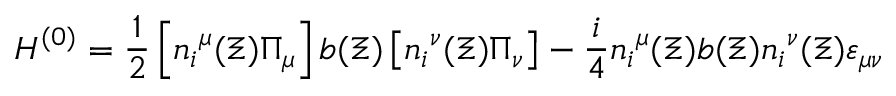
{ \cal H } ^ { ( 0 ) } = { \frac { 1 } { 2 } } \left[ { n _ { i } } ^ { \mu } ( \Xi ) \Pi _ { \mu } \right] b ( \Xi ) \left[ { n _ { i } } ^ { \nu } ( \Xi ) \Pi _ { \nu } \right] - { \frac { i } { 4 } } { n _ { i } } ^ { \mu } ( \Xi ) b ( \Xi ) { n _ { i } } ^ { \nu } ( \Xi ) \varepsilon _ { \mu \nu }